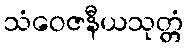
သံဝေဇနီယသုတ္တံ